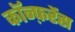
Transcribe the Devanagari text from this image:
काॅन्फ़रेंस